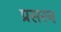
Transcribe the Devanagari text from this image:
प्रसरन